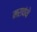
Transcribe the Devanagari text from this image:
मरावंथे